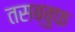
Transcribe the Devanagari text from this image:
तसब्बुफ